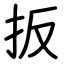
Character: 扳